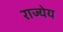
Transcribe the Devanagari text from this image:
राज्येय